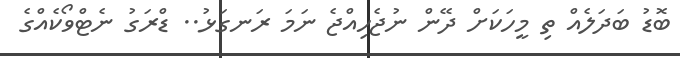
ބޮޑު ބަދަލެއް ތި މީހަކަށް ދޭން ނުޖެހިއްޖެ ނަމަ ރަނގަޅު.. ޑްރަގު ނެޓްވޯކެއްގެ